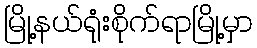
မြို့နယ်ရုံးစိုက်ရာမြို့မှာ